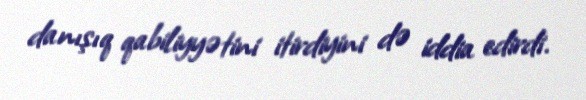
danışıq qabiliyyətini itirdiyini də iddia edirdi.